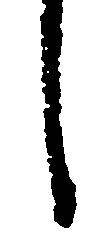
し